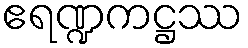
ဧရဏ္ဍကဋ္ဌဿ